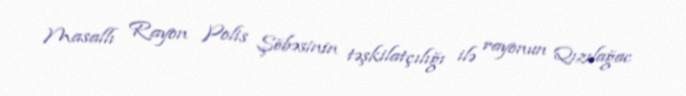
Masallı Rayon Polis Şöbəsinin təşkilatçılığı ilə rayonun Qızılağac